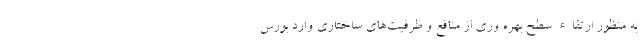
به منظور ارتقاء سطح بهره وری از منافع و ظرفیت‌های ساختاری وارد بورس